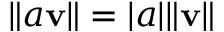
\| a \mathbf { v } \| = | a | \| \mathbf { v } \|